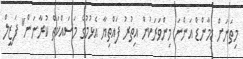
މިތަނަށް ޑިމާންޑް އަންނަ މިންވަރަކުން އިތުރު ފައްތިޔާ އެޅުމުގެ މަސައްކަތް ކުރާނަން" ފަޒީލް